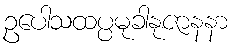
ဥပေါသထပ္ပမုခါနုဇာနနာ